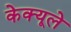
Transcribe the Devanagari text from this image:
केक्यूले